Report of an investigation of the epidemic of malarial fever in Assam, or, kala-azar
Disease focus: Malaria
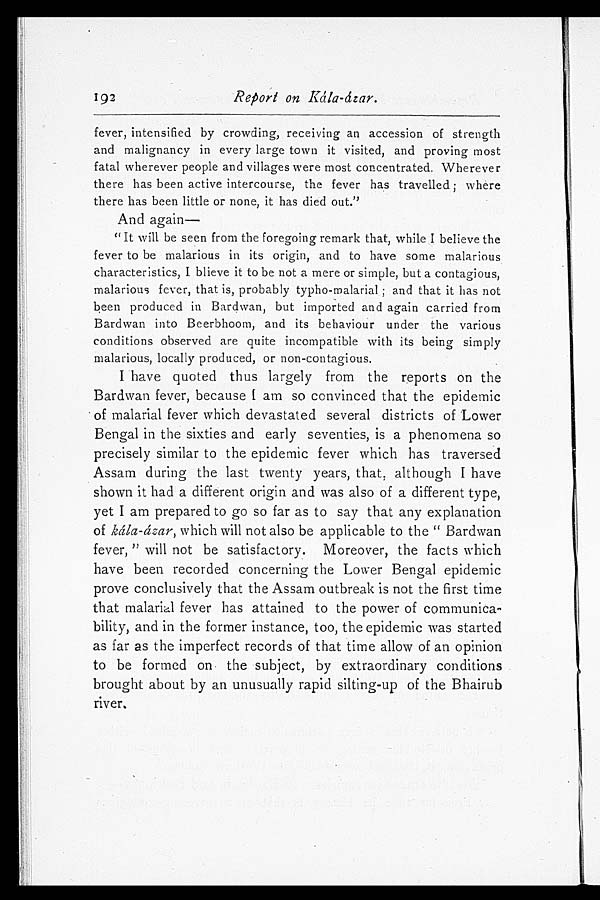
192 Report on Kála-ázar.
fever, intensified by crowding, receiving an accession of strength
and malignancy in every large town it visited, and proving most
fatal wherever people and villages were most concentrated. Wherever
there has been active intercourse, the fever has travelled; where
there has been little or none, it has died out."
And again
—
"It will be seen from the foregoing remark that, while I believe the
fever to be malarious in its origin, and to have some malarious
characteristics, I blieve it to be not a mere or simple, but a contagious,
malarious fever, that is, probably typho-malarial; and that it has not
been produced in Bardwan, but imported and again carried from
Bardwan into Beerbhoom, and its behaviour under the various
conditions observed are quite incompatible with its being simply
malarious, locally produced, or non-contagious.
I have quoted thus largely from the reports on the
Bardwan fever, because I am so convinced that the epidemic
of malarial fever which devastated several districts of Lower
Bengal in the sixties and early seventies, is a phenomena so
precisely similar to the epidemic fever which has traversed
Assam during the last twenty years, that, although I have
shown it had a different origin and was also of a different type,
yet I am prepared to go so far as to say that any explanation
of kála-ázar, which will not also be applicable to the "Bardwan
fever," will not be satisfactory. Moreover, the facts which
have been recorded concerning the Lower Bengal epidemic
prove conclusively that the Assam outbreak is not the first time
that malarial fever has attained to the power of communica
- b i l i t y , a n d i n t h e f o r m e r i n s t a n c e , t o o , t h e e p i d e m i c w a s s t a r t e d
as far as the imperfect records of that time allow of an opinion
to be formed on the subject, by extraordinary conditions
brought about by an unusually rapid silting-up of the Bhairub
river.